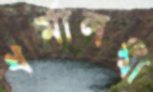
ধর্মালম্বী